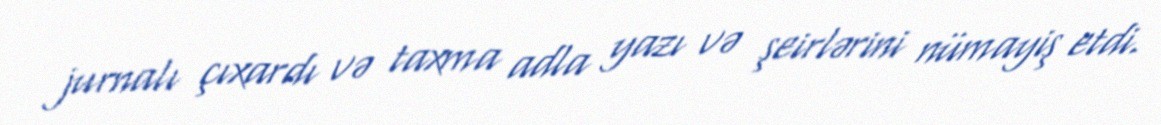
jurnalı çıxardı və taxma adla yazı və şeirlərini nümayiş etdi.